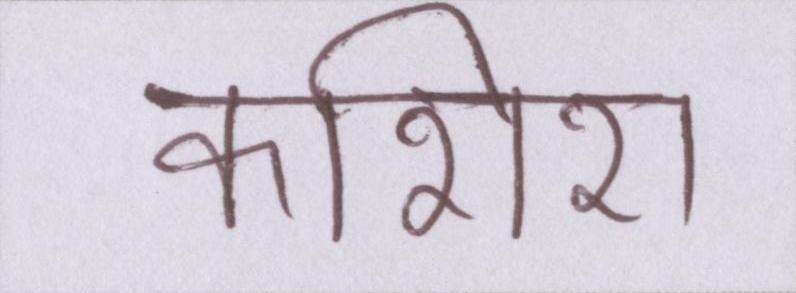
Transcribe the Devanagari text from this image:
कशिश